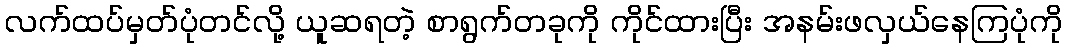
လက်ထပ်မှတ်ပုံတင်လို့ ယူဆရတဲ့ စာရွက်တခုကို ကိုင်ထားပြီး အနမ်းဖလှယ်နေကြပုံကို